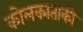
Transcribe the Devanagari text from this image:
कोलकाताकी